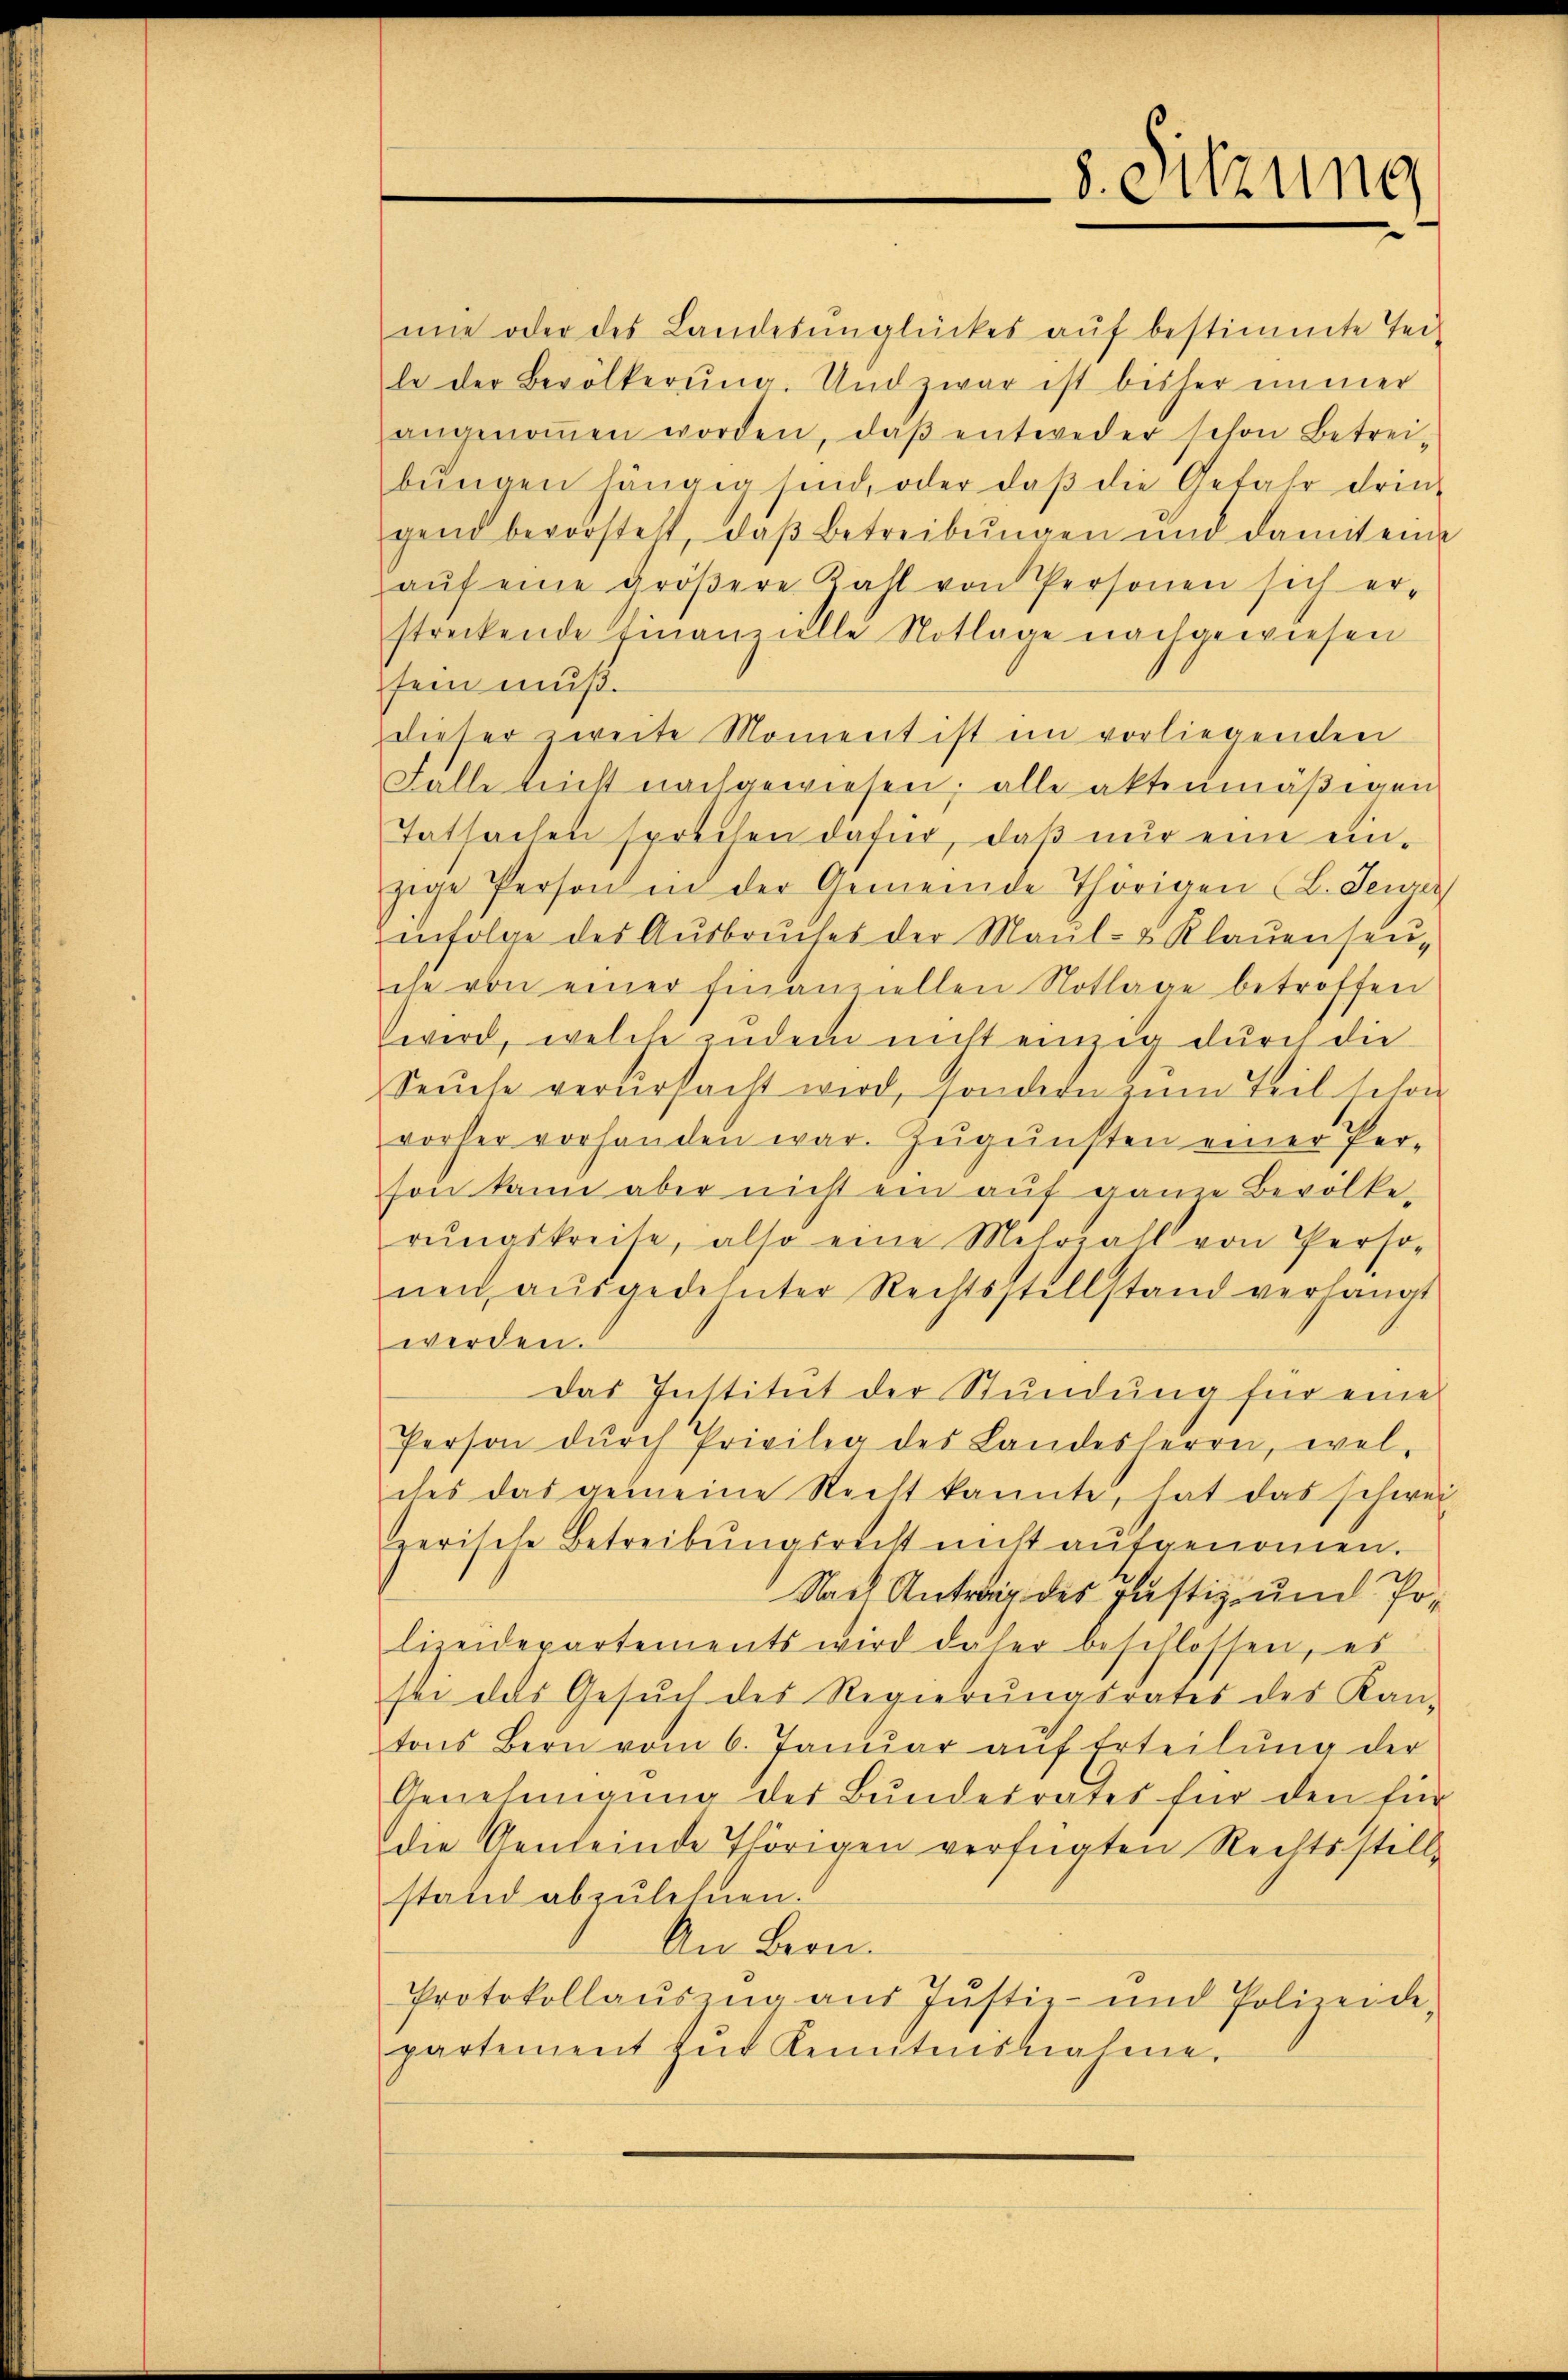
f
d

angenoṁen worden, daβ entweder schon betrei-
bŭngen hängig sind, oder daβ die Gefahr drin-
gend bevorsteht, daβ Betreibungen und damit eine
aŭf eine gröβere Zahl von Personen sich er-
streckende Finanzielle Notlage nachgewiesen
sein muß.
dieser zweite Moment ist im vorliegenden
Falle nicht nachgewiesen; alle aktenmäßigen
Tatsachen sprechen dafür, daß nur eine einzige Person in der Gemeinde Thörigen L. Jener
infolge des Aŭsbrŭches der Maul- & Klauenseu-
che von einer finanziellen Notlage betroffen
wird, welche indem nicht einzig durch die
Seuche verursacht wird, sondern zum Teil schon
vorher vorhanden war. Zŭgŭnsten einer Per-
son kann aber nicht ein aŭf ganze Bevölkerŭngskreise, also eine Mehrall von Perso-
nen, aŭsgedehnter Rechtsstellstand verhängt
werden.
Das Institut der Stundung für eine
Person dŭrch Privileg des Landesherrn, wel-
des das gemeine Recht kannte, hat das schwei
Herische Betreibŭngsrecht nicht aŭfgenommen.
Nach Antrag des Justiz- und Polizeidepartements wird daher beschlossen, es
sei das Gesŭch des Regierŭngsrates des Kan-
tons Bern vom 6. Januar auf Erteilung der
Genehmigung der Bundesrates für den für
die Gemeinde Thörigen verfügten Rechtsstill-
stand abzulehnen.
An Bern.
Protokollaŭszŭg aŭs Jŭstiz- und Polizeide-
partement zur Kenntnisnahme.

mie oder des Landesunglückes aŭf bestimmte Tei-
le der Bevölkerŭng. Und zwar ist bisher immer

8. Sitzung